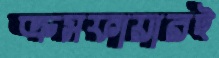
ক্রসফায়ারই